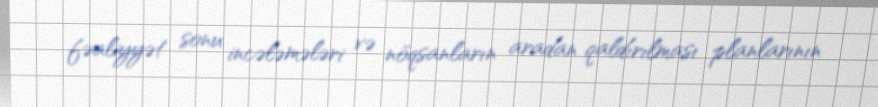
fəaliyyət sonu incələmələri və nöqsanların aradan qaldırılması planlarının